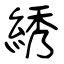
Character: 綉